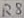
Text: R8